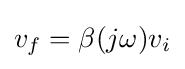
v_{f}=\beta (j\omega )v_{i}